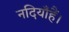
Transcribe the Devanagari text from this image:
नदियाँहैं।